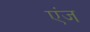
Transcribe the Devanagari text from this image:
एंज